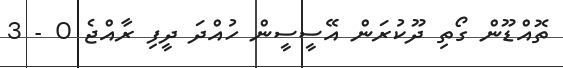
ތޮއްޑޫން ގޯތި ދޫކުރަން އޭސީސީން ހުއްދަ ދީފި ރާއްޖެ 0 - 3